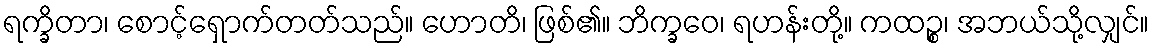
ရက္ခိတာ၊ စောင့်ရှောက်တတ်သည်။ ဟောတိ၊ ဖြစ်၏။ ဘိက္ခဝေ၊ ရဟန်းတို့။ ကထဉ္စ၊ အဘယ်သို့လျှင်။